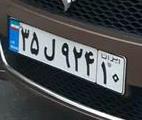
۳۵ل۹۲۴۱۰